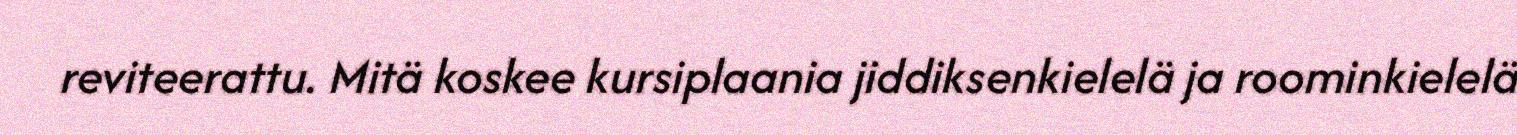
reviteerattu. Mitä koskee kursiplaania jiddiksenkielelä ja roominkielelä